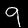
Digit: 9